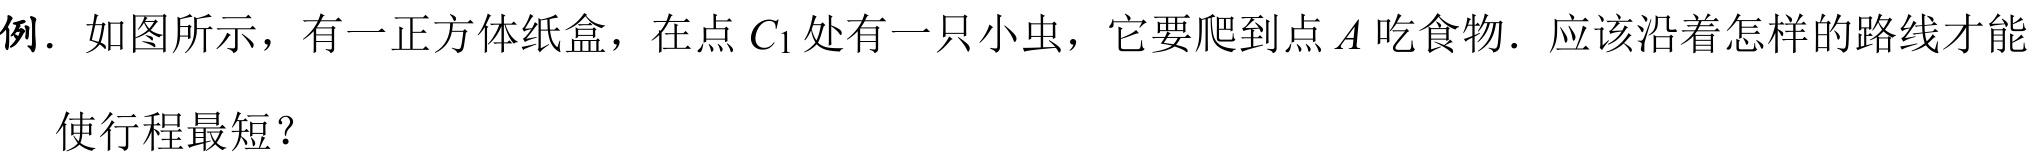
例. 如图所示，有一正方体纸盒，在点 \(C_{1}\) 处有一只小虫，它要爬到点 \(A\) 吃食物. 应该沿着怎样的路线才能使行程最短？